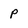
Character: P